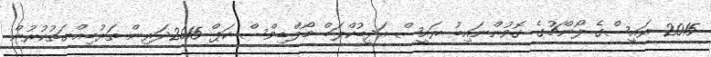
2015 ރައީސްގެ ލޯންޗުގެ ގޮވުންނައިބު ރައީސް އަދީބުކްލަބް މޯލްޑިވްސް ކަޕް 2015ދަރިން ތަރުބިއްޔަތުކުރުން